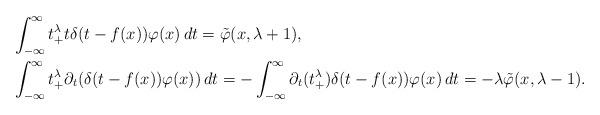
LaTeX: \begin{align*}& \int_{-\infty}^\infty t_+^\lambda t\delta(t - f(x))\varphi(x)\,dt = \tilde\varphi(x,\lambda+1), \\&\int_{-\infty}^\infty t_+^\lambda\partial_t (\delta(t - f(x))\varphi(x))\,dt= -\int_{-\infty}^\infty \partial_t(t_+^\lambda)\delta(t - f(x))\varphi(x)\,dt= -\lambda\tilde\varphi(x,\lambda-1).\end{align*}